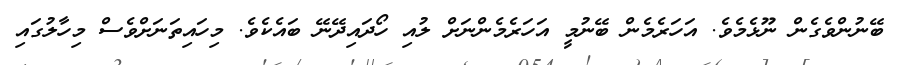
ބޭނުންވެގެން ނޫޅެމެވެ. އަހަރެމެން ބޭނުމީ އަހަރެމެންނަށް ލުއި ހޯދައިދޭނޭ ބައެކެވެ. މިހައިތަނަށްވެސް މިހާލުގައި